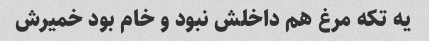
یه تکه مرغ هم داخلش نبود و خام بود خمیرش